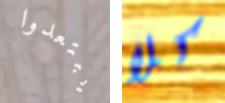
يبتعدوا كلا